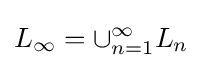
L_{\infty }=\cup _{n=1}^{\infty }L_{n}